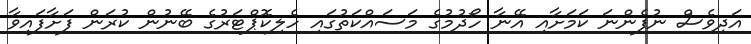
އަދިވެސް ނުފެންނަ ކަމަށާއި އޭނާ ހޯދުމުގެ މަސައްކަތުގައި ހެލިކޮޕްޓަރުގެ ބޭނުން ކުރަން ފަށާފައިވާ